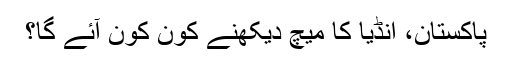
پاکستان، انڈیا کا میچ دیکھنے کون کون آئے گا؟